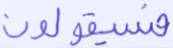
فسيقولون